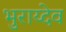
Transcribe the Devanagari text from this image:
भुराय्देव